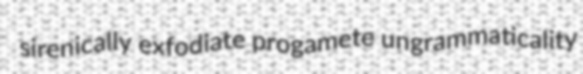
sirenically exfodiate progamete ungrammaticality